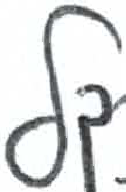
אות: ל